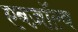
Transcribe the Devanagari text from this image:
एबज़ॉल्व